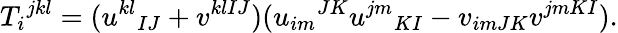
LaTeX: T_{i}{}^{jkl}=(u^{kl}{}_{IJ}+v^{klIJ})(u_{im}{}^{JK}u^{jm}{}_{KI}-v_{imJK}v^{jmKI}).